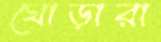
ঘোড়ারা